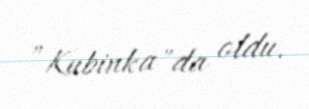
”Kubinka"da oldu.